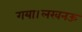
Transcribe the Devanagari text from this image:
गया।लखनऊ